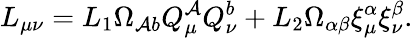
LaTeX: L_{\mu\nu}=L_{1}\Omega_{\mathcal{A}b}Q_{\mu}^{\mathcal{A}}Q_{\nu}^{b}+L_{2}\Omega_{\alpha\beta}\xi_{\mu}^{\alpha}\xi_{\nu}^{\beta}.